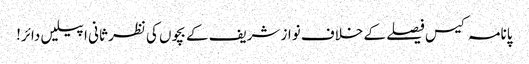
پانامہ کیس فیصلے کے خلاف نواز شریف کے بچوں کی نظر ثانی اپیلیں دائر!